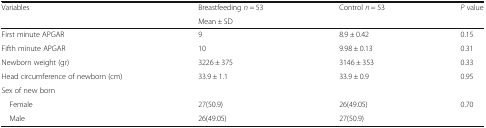
| Variables | Breastfeeding n = 53 | Control n = 53 | P value |
 |  | <COLSPAN=3> Mean ± SD |
 | --- | --- | --- | --- |
 | First minute APGAR | 9 | 8.9 ± 0.42 | 0.15 |
 | Fifth minute APGAR | 10 | 9.98 ± 0.13 | 0.31 |
 | Newborn weight (gr) | 3226 ± 375 | 3146 ± 353 | 0.33 |
 | Head circumference of newborn (cm) | 33.9 ± 1.1 | 33.9 ± 0.9 | 0.95 |
 | <COLSPAN=4> Sex of new born |
 | Female | 27(50.9) | 26(49.05) | <ROWSPAN=2> 0.70 |
 | Male | 26(49.05) | 27(50.9) |